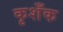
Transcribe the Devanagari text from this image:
कृशँक